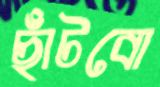
ছাঁটবো